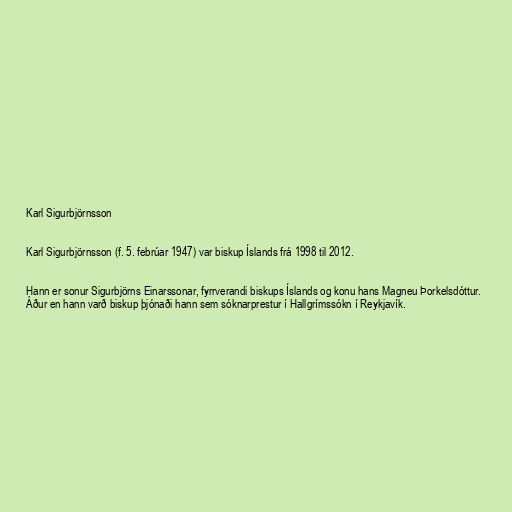
Karl Sigurbjörnsson

Karl Sigurbjörnsson (f. 5. febrúar 1947) var biskup Íslands frá 1998 til 2012.

Hann er sonur Sigurbjörns Einarssonar, fyrrverandi biskups Íslands og konu hans Magneu Þorkelsdóttur.
Áður en hann varð biskup þjónaði hann sem sóknarprestur í Hallgrímssókn í Reykjavík.